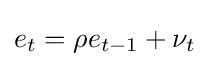
e_{t}=\rho e_{t-1}+\nu _{t}